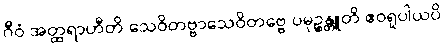
ဂီဝံ အတ္ထရာဟီတိ သေဝိတဗ္ဗာသေဝိတဗ္ဗေ ပမုဉ္စန္တူတိ ဧဝရူပါယပိ